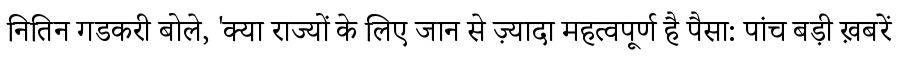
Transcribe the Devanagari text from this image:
नितिन गडकरी बोले, 'क्या राज्यों के लिए जान से ज़्यादा महत्वपूर्ण है पैसा: पांच बड़ी ख़बरें